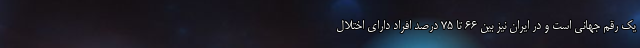
یک رقم جهانی است و در ایران نیز بین ۶۶ تا ۷۵ درصد افراد دارای اختلال